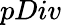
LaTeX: pDiv